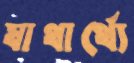
যাথার্থ্যে